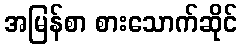
အမြန်စာ စားသောက်ဆိုင်